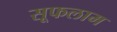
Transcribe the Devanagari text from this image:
सूफलाम